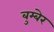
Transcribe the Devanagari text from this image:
बुम्बेर